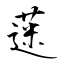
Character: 蒾